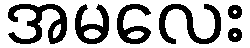
အမလေး